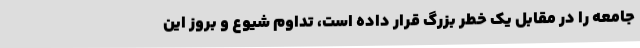
جامعه را در مقابل یک خطر بزرگ قرار داده است، تداوم شیوع و بروز این